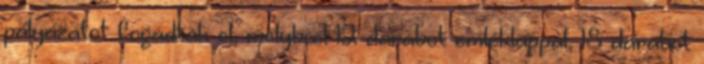
pályázatot fogadtak el, melybœl 12 darabot emléklappal, 18 darabot